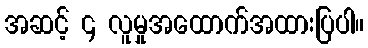
အဆင့် ၄ လူမှုအထောက်အထားပြပါ။